Calcutta medical institutions reports 1871-78
Year: 1871
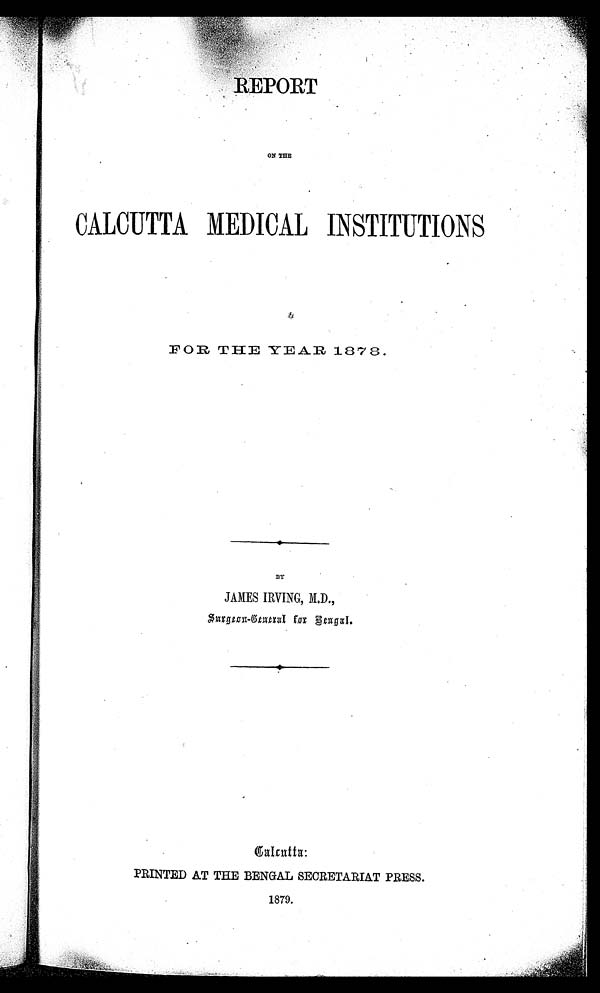
REPORT
ON THE
CALCUTTA MEDICAL INSTITUTIONS
FOR THE YEAR 1878.
BY
JAMES IRVING, M.D.,
Surgeon-General for Bengal.
Talcutta:
PRINTED AT THE BENGAL SECRETARIAT PRESS.
1 8 7 9 .